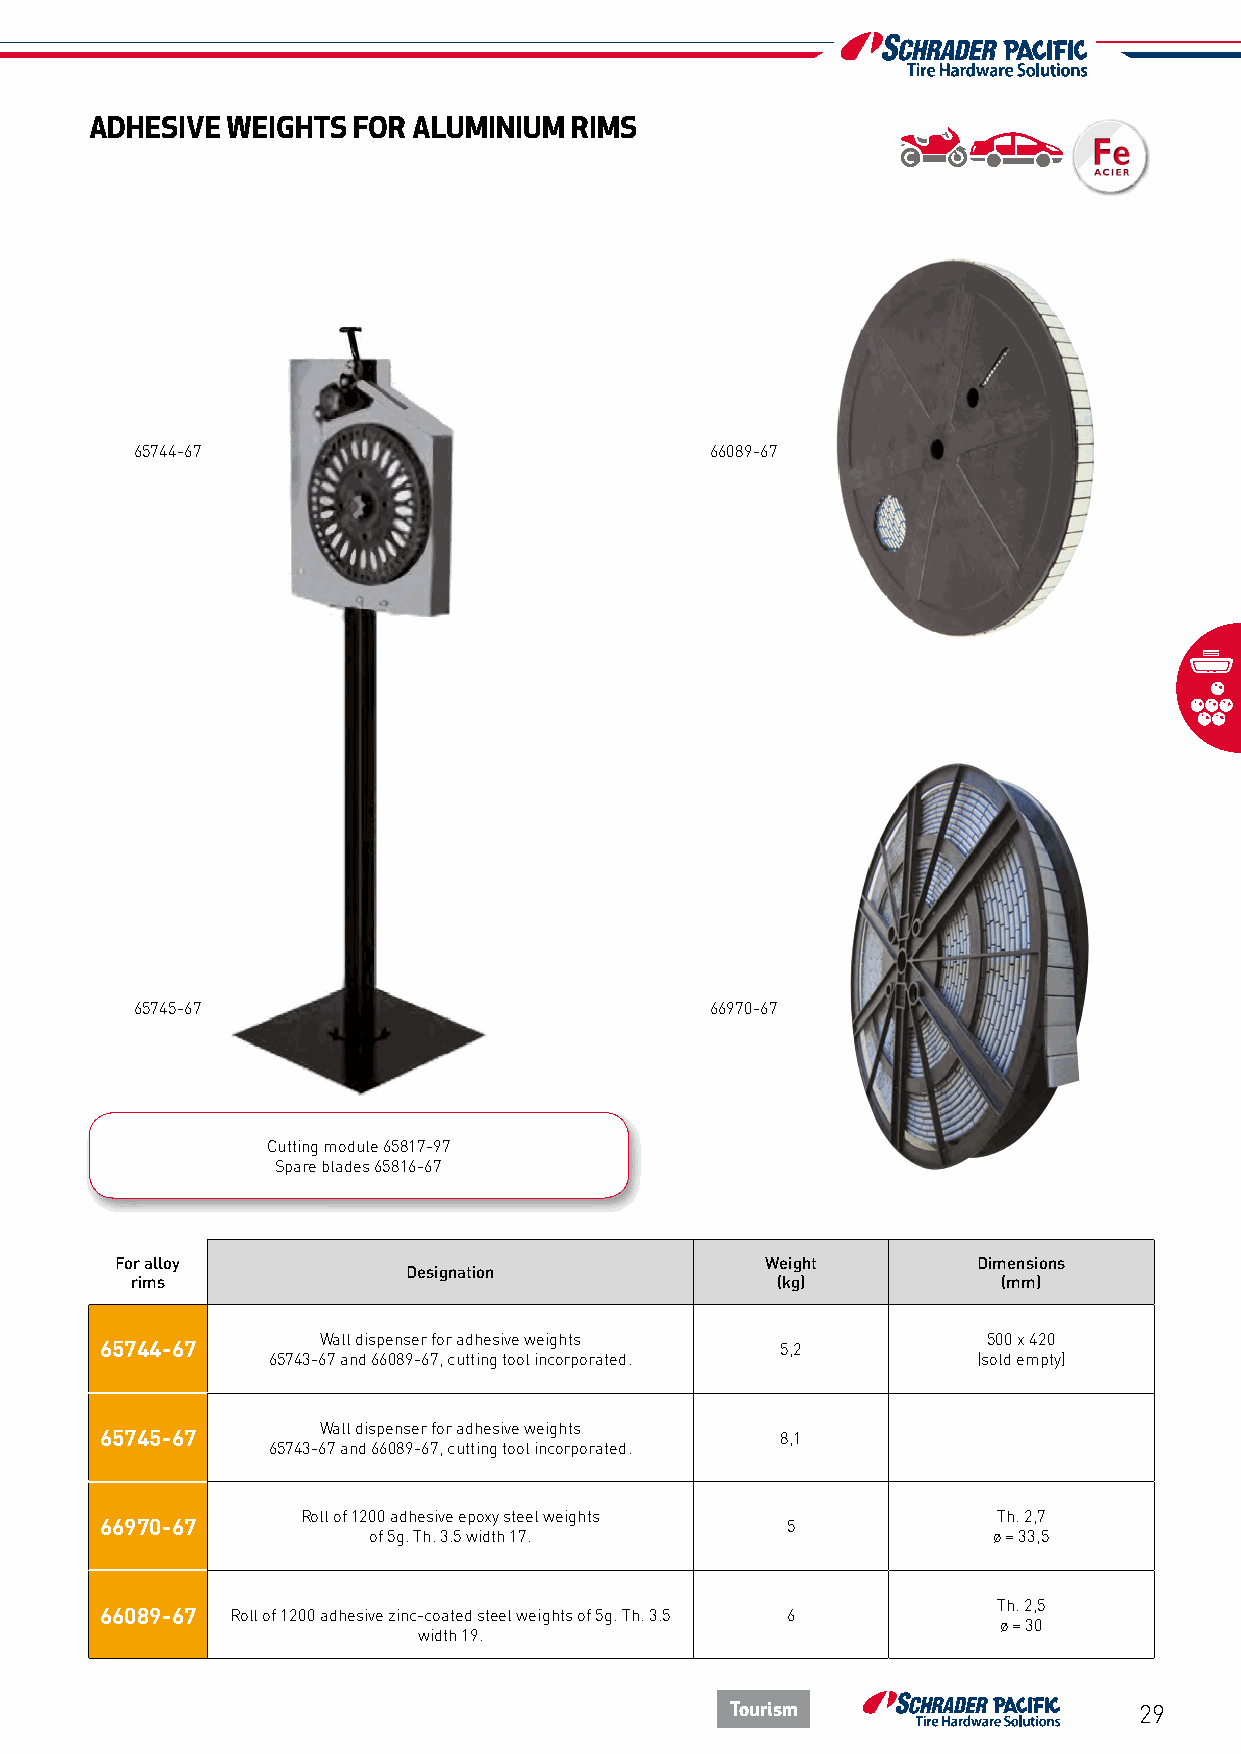
ADHESIVE WEIGHTS FOR ALUMINIUM  RIMS
 65744-67                              66089-67
 65745-67                              66970-67
 Cutting module 65817-97
 Spare blades 65816-67
 For alloy                                  Weight        Dimensions
 Designation
 rims                                      (kg)           (mm)
 Wall dispenser for adhesive weights         500 x 420
 65744-67                                     5,2
 65743-67 and 66089-67, cutting tool incorporated. (sold empty)
 Wall dispenser for adhesive weights
 65745-67                                     8,1
 65743-67 and 66089-67, cutting tool incorporated.
 Roll of 1200 adhesive epoxy steel weights     Th. 2,7
 66970-67                                     5
 of 5g. Th. 3.5 width 17.                  ø = 33,5
 Th. 2,5
 66089-67 Roll of 1200 adhesive zinc-coated steel weights of 5g. Th. 3.5 6
 ø = 30
 width 19.
 Tourism                    29